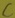
Text: C